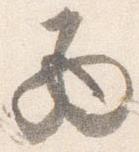
西